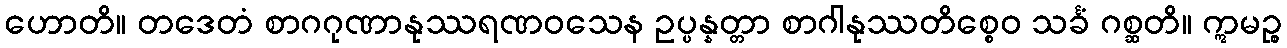
ဟောတိ။ တဒေတံ စာဂဂုဏာနုဿရဏဝသေန ဥပ္ပန္နတ္တာ စာဂါနုဿတိစ္စေဝ သင်္ခံ ဂစ္ဆတိ။ ဣမဉ္စ